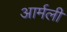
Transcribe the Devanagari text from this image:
आर्मली